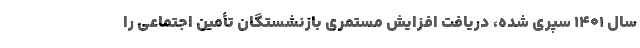
سال ۱۴۰۱ سپری شده، دریافت افزایش مستمری بازنشستگان تأمین اجتماعی را